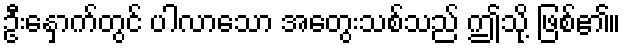
ဦးနှောက်တွင် ပါလာသော အတွေးသစ်သည် ဤသို့ ဖြစ်၏။